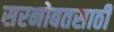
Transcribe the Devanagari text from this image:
सरनोबतसाठी